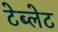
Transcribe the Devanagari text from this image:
टेब्लेट